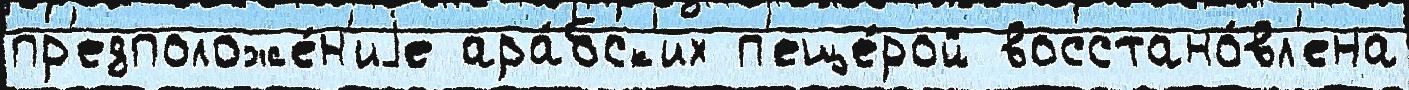
пр'едположе́н'иjе ара́бск'их п'еще́рой восстано́вл'ена